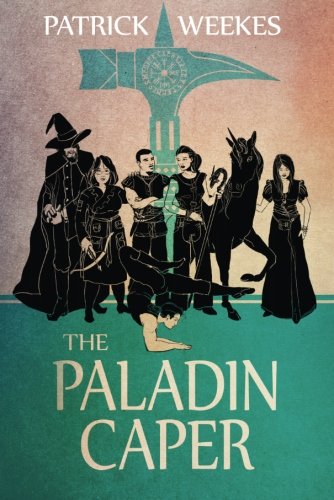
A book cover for The Paladin Caper (Rogues of the Republic); Patrick Weekes; Science Fiction & Fantasy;